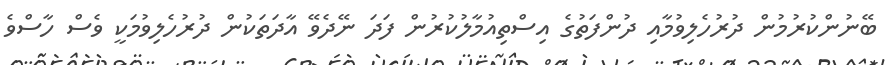
ބޭނުންކުރުމުން ދުރުހެލިވުމާއި ދުންފަތުގެ އިސްތިއުމާލުކުރުން ފަދަ ނޭދެވޭ އާދަތަކުން ދުރުހެލިވުމަކީ ވެސް ހާސްވެ